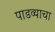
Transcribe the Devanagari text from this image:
पाडव्याचा